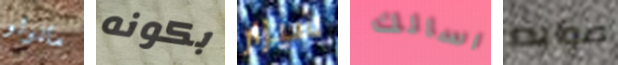
مانولو بكونه سيزار اسالك صوابه